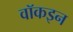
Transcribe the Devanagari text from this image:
वॉकइन